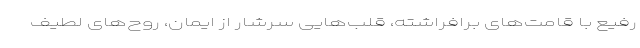
رفیع با قامت‌های برافراشته، قلب‌هایی سرشار از ایمان، روح‌های لطیف